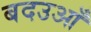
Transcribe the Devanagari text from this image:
बदउआँ